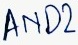
Text: AND2